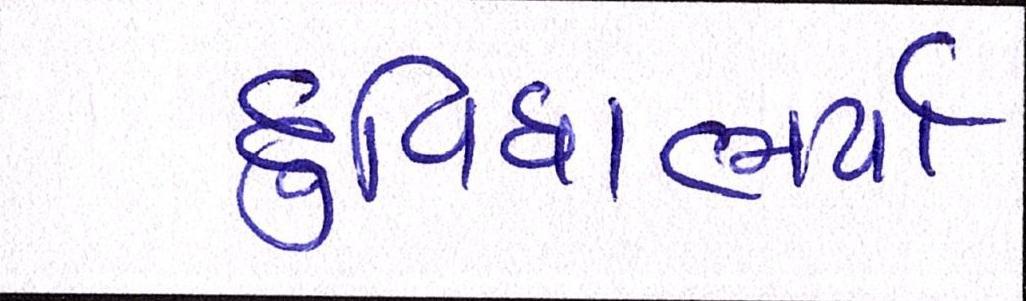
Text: દુવિધાભર્યા